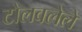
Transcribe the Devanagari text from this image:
टोलवलेले